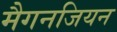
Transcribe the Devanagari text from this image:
मैगनजियन